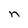
Character: n